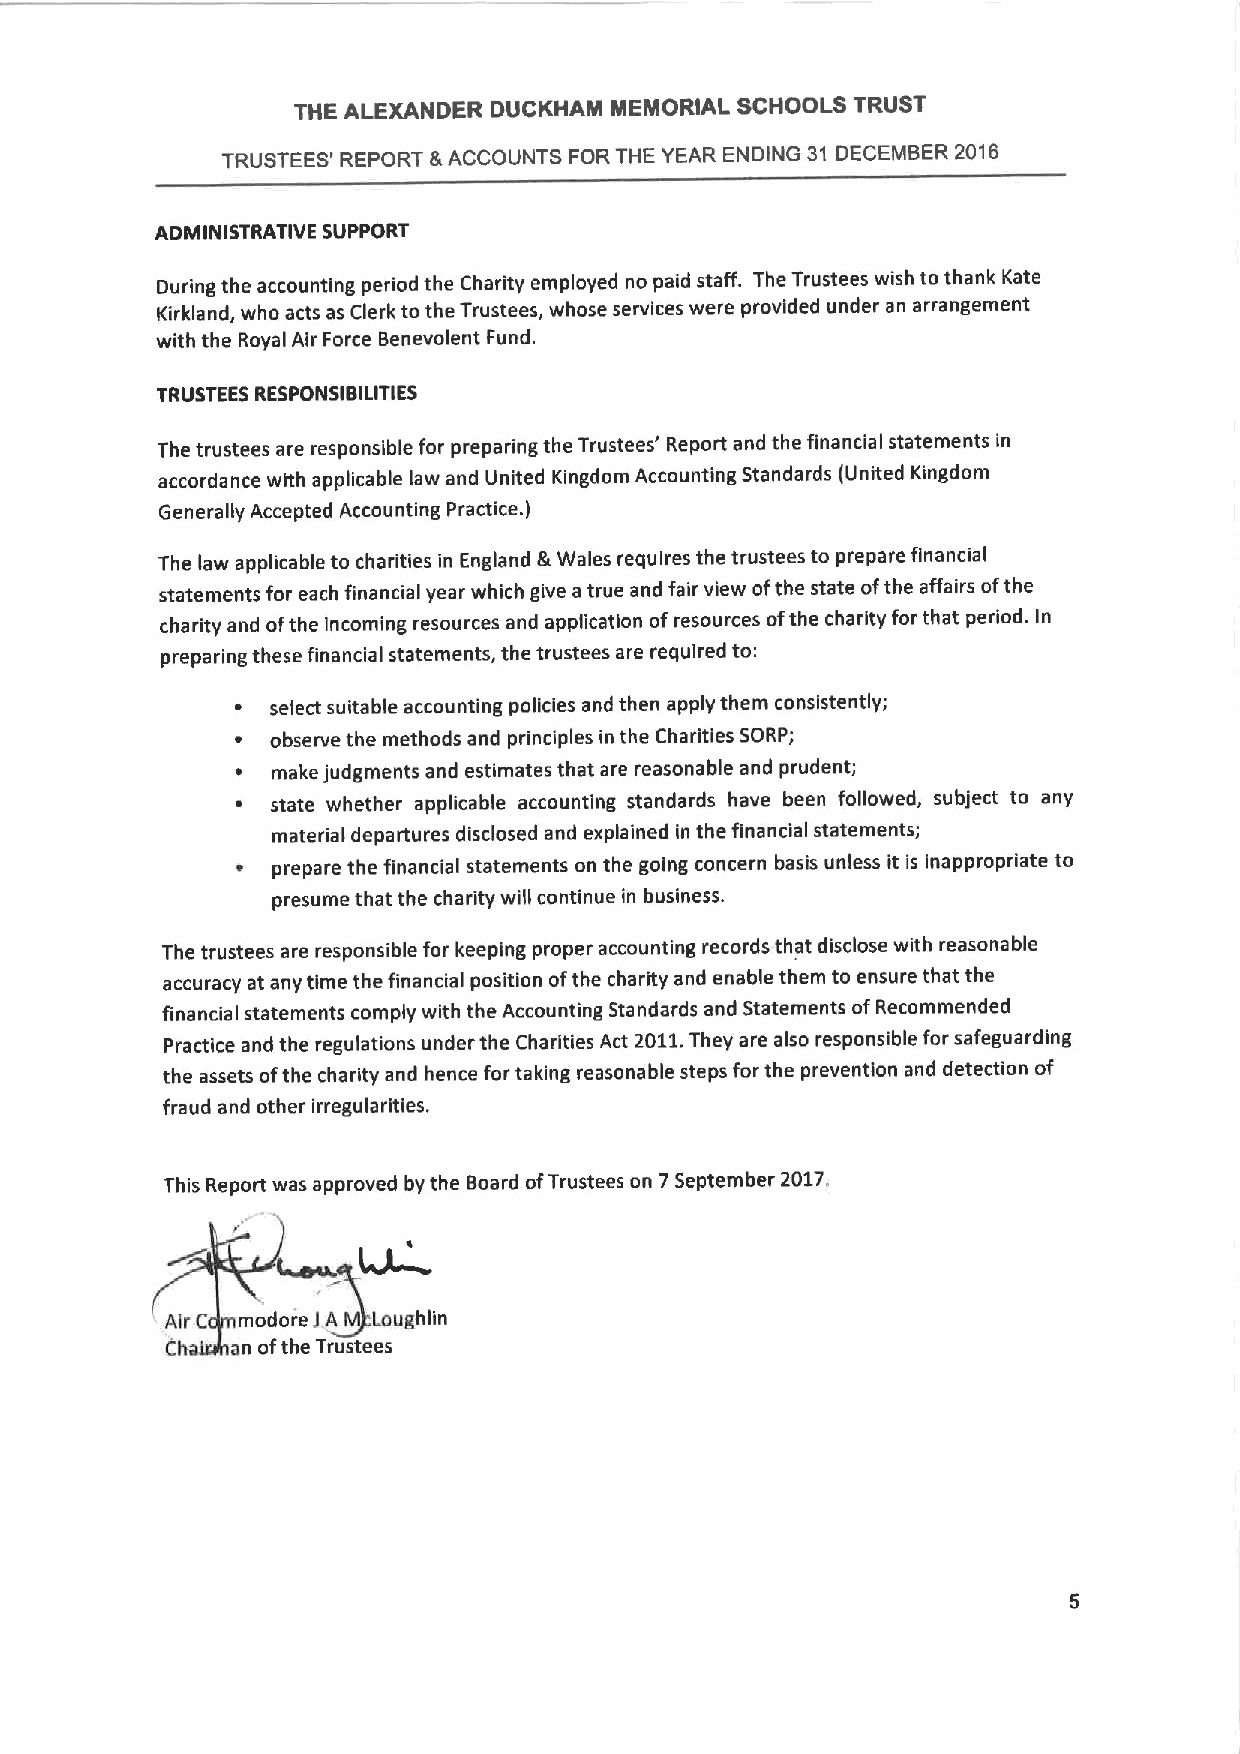
THE ALEXANDER DUCKHAM MEMORIAL SCHOOLS TRUST
 TRUSTEES' REPORT &ACCOUNTS FORTHE YEAR ENDING 31 DECEMBER 201B
 ADMINISTRATIVE SUPPORT
 During the accounting period the Charity employed no paid staff. The Trustees wish tothank Kate
 Kirkland, who acts as Clerk to the Trustees, whose services were provided under an arrangement
 with the Royal Air Force Benevolent Fund.
 TRUSTEES RESPONSIBILITIES
 The trustees are responsible for preparing the Trustees' Report and the financialstatements in
 accordance with applicable law and United Kingdom Accounting Standards (United Kingdom
 Generally Accepted Accounting Practice. )
 The law applicable to charities in England &Wales requires the trustees to prepare financial
 statements for each financial year which give atrue and fair view ofthe state ofthe affairs ofthe
 charity and ofthe incoming resources and application ofresources ofthe charity for that period. In
 preparing these financial statements, the trustees are required to:
 select suitable accounting policies and then apply them consistently;
 observe the methods and principles in the Charities SORP;
 make judgments and estimates that are reasonable and prudent;
 state whether applicable accounting standards have been followed, subject to any
 material departures disclosed and explained in the financial statements;
 prepare the financial statements on the going concern basis unless it is inappropriate to
 presume that the charity will continue in business.
 The trustees are responsible for keeping proper accounting records that disclose with reasonable
 accuracy at any time the financial position ofthe charity and enable them to ensure that the
 financialstatements comply with the Accounting Standards and Statements ofRecommended
 Practice and the regulations under the Charities Act 2011.They are also responsible for safeguarding
 the assets ofthe charity and hence for taking reasonable steps for the prevention and detection of
 fraud and other irregularities.
 This Report was approved by the Board ofTrustees on 7September 2017.
 Air C modoie J,A Laughlin
 C   an ofthe Trustees